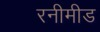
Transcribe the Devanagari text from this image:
रनीमीड